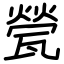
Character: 甇